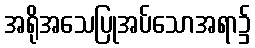
အရိုအသေပြုအပ်သောအရာ၌